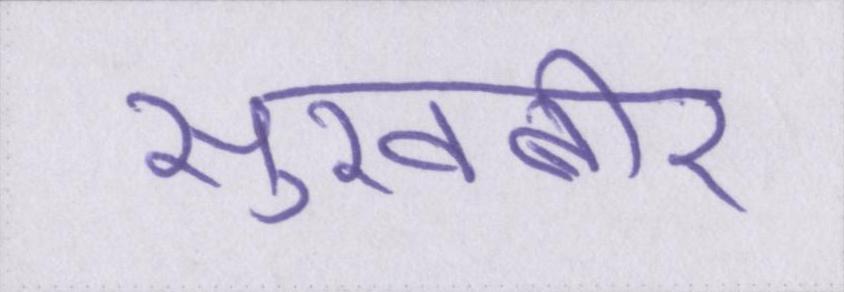
सुखबीर